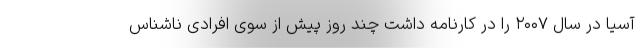
آسیا در سال ۲۰۰۷ را در کارنامه داشت چند روز پیش از سوی افرادی ناشناس